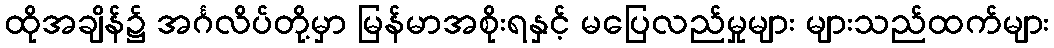
ထိုအချိန်၌ အင်္ဂလိပ်တို့မှာ မြန်မာအစိုးရနှင့် မပြေလည်မှုများ များသည်ထက်များ